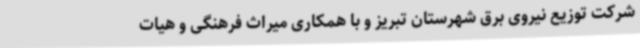
شرکت توزیع نیروی برق شهرستان تبریز و با همکاری میراث فرهنگی و هیات